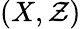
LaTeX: (X,\mathcal{Z})